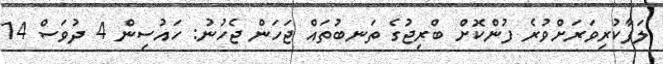
ލަފާކުރިވަރަށްވުރެ ފުންކޮށް ބްރިޖުގެ ތަނބުތައް ޖަހަން ޖެހުނު: ހައުސިން 4 ދުވަސް 14